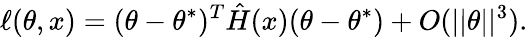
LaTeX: \ell(\theta,x)=(\theta-\theta^{*})^{T}\hat{H}(x)(\theta-\theta^{*})+O(||\theta||^{3}).